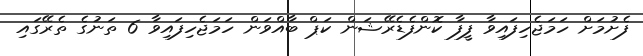
ފެށުމަށް ހަމަޖެހިފައިވާ ފީފާ ކޮންފެޑެރޭޝަން ކަޕް ބާއްވަން ހަމަޖެހިފައިވާ 6 ތަނުގެ ތެރޭގައި